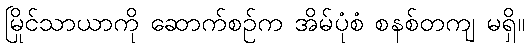
မြိုင်သာယာကို ဆောက်စဉ်က အိမ်ပုံစံ စနစ်တကျ မရှိ။